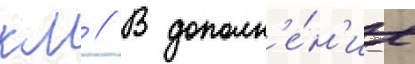
км // В дополн'е́н'ие